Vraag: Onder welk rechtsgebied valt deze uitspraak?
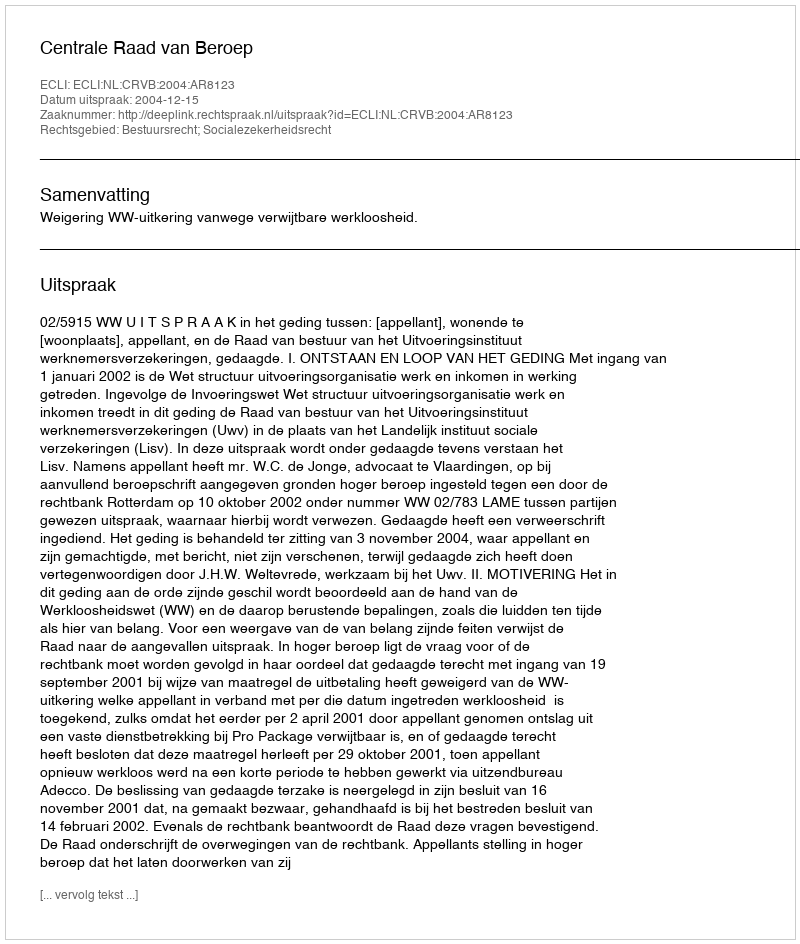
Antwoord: Bestuursrecht; Socialezekerheidsrecht